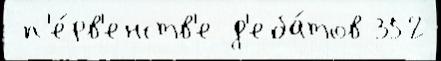
 п'е́рв'енств'е д'еба́тов 352